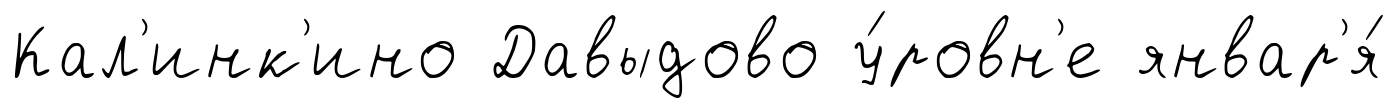
Кал'инк'ино Давыдово у́ровн'е январ'я́